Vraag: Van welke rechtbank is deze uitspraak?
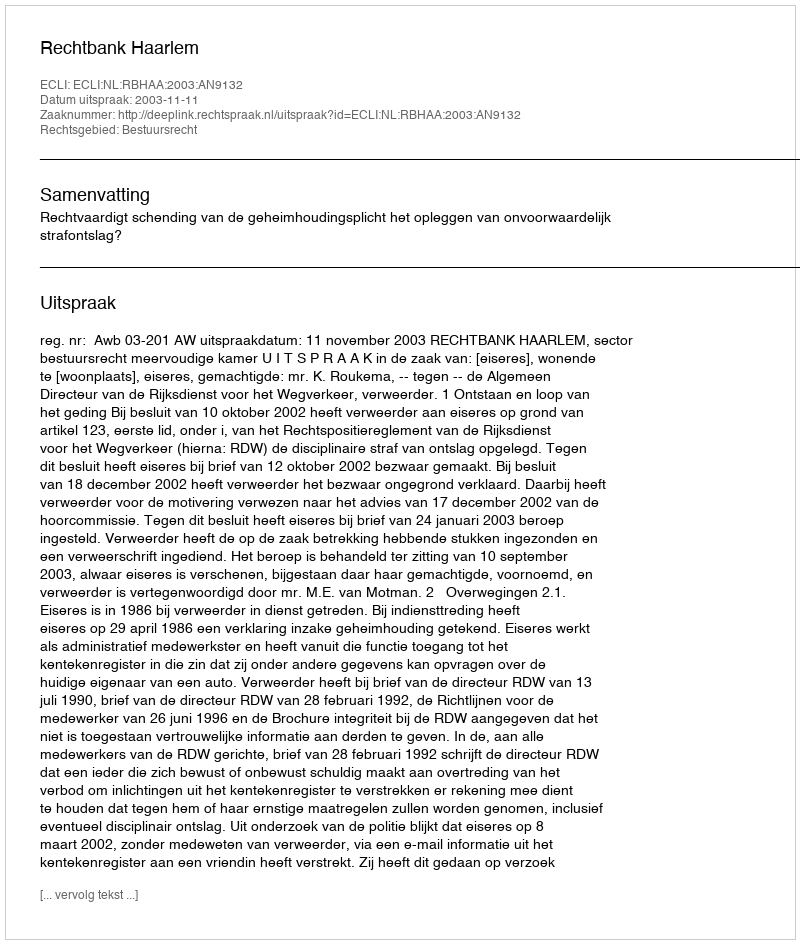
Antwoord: Rechtbank Haarlem